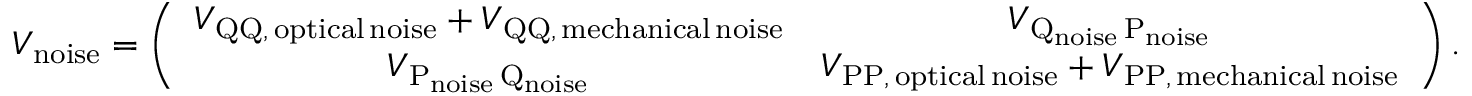
V _ { \mathrm { n o i s e } } = \left( \begin{array} { c c } { V _ { \mathrm { Q Q , \, o p t i c a l \, n o i s e } } + V _ { \mathrm { Q Q , \, m e c h a n i c a l \, n o i s e } } } & { V _ { \mathrm { Q _ { \mathrm { { n o i s e } } } \, P _ { \mathrm { n o i s e } } } } } \\ { V _ { \mathrm { P _ { \mathrm { { n o i s e } } } \, Q _ { \mathrm { n o i s e } } } } } & { V _ { \mathrm { P P , \, o p t i c a l \, n o i s e } } + V _ { \mathrm { P P , \, m e c h a n i c a l \, n o i s e } } } \end{array} \right) .